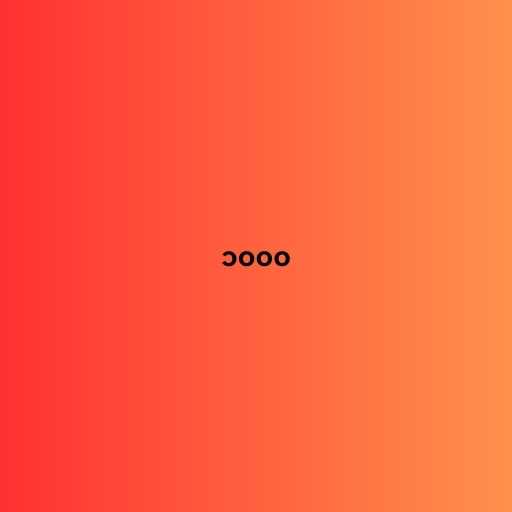
၁၀၀၀